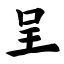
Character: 呈